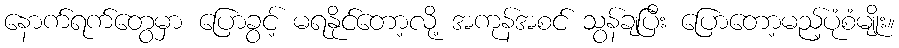
နောက်ရက်တွေမှာ ပြောခွင့် မရနိုင်တော့လို့ အကုန်အစင် သွန်ချပြီး ပြောတော့မည့်ပုံစံမျိုး။